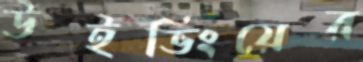
উইভিংয়ের